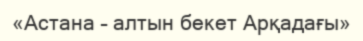
«Астана – алтын бекет Арқадағы»